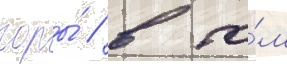
горы́ / в то́м